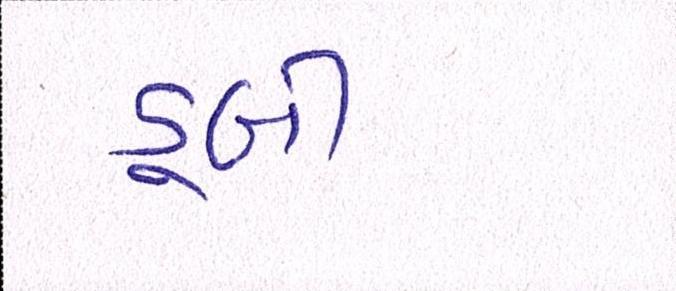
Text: ડૂબી